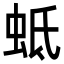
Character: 蚳